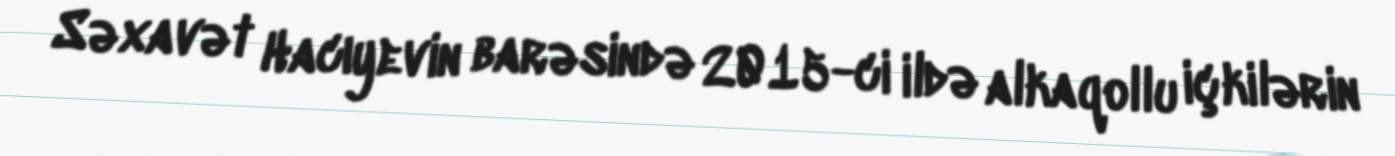
Səxavət Hacıyevin barəsində 2015-ci ildə alkaqollu içkilərin